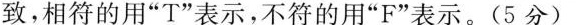
致,相符的用"T"表示,不符的用"F"表示.(5 分)